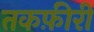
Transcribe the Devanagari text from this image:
तकफ़ीरी